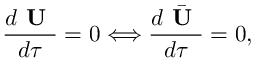
\frac { d \textbf { U } } { d \tau } = 0 \Longleftrightarrow \frac { d \bar { \textbf { U } } } { d \tau } = 0 ,